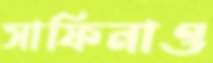
সাফিনাও